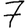
Digit: 7